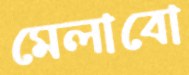
মেলাবো